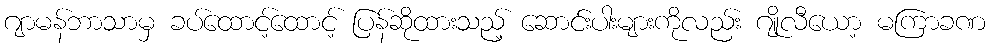
ဂျာမန်ဘာသာမှ ခပ်ထောင့်ထောင့် ပြန်ဆိုထားသည့် ဆောင်းပါးများကိုလည်း ဂျိုလီယော့ မကြာခဏ